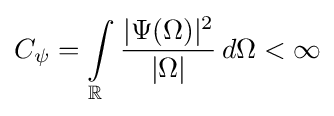
C_{\psi }=\int \limits _{\mathbb {R} }{\frac {|\Psi (\Omega )|^{2}}{|\Omega |}}\,d\Omega <\infty